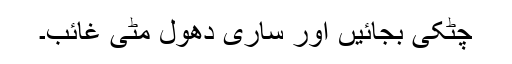
چٹکی بجائیں اور ساری دھول مٹی غائب۔